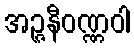
အဉ္ဇနီဝဏ္ဏဝါ